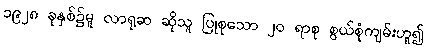
၁၉၂၈ ခုနှစ်၌မူ လာရုဆ ဆိုသူ ပြုစုသော ၂၀ ရာစု စွယ်စုံကျမ်းဟူ၍